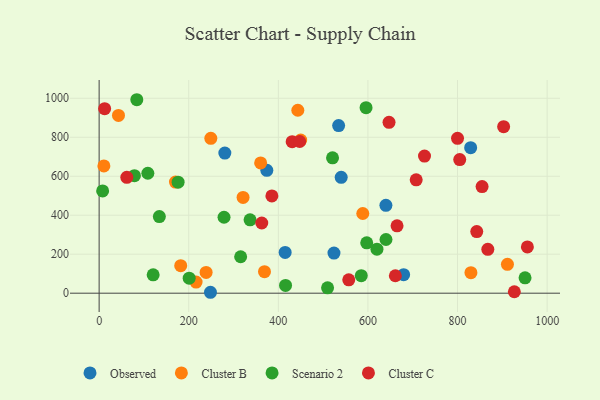
{"axis": {"x": "Speed", "y": "Rating"}, "legend": ["Cluster B", "Cluster C", "Observed", "Scenario 2"], "data": [{"x": "524.2", "y": 206.0, "type": "Observed"}, {"x": "280.6", "y": 719.0, "type": "Observed"}, {"x": "640.1", "y": 450.6, "type": "Observed"}, {"x": "534.6", "y": 860.2, "type": "Observed"}, {"x": "829.3", "y": 746.4, "type": "Observed"}, {"x": "374.3", "y": 630.6, "type": "Observed"}, {"x": "415.2", "y": 209.3, "type": "Observed"}, {"x": "540.3", "y": 594.4, "type": "Observed"}, {"x": "679.7", "y": 94.8, "type": "Observed"}, {"x": "248.5", "y": 4.7, "type": "Observed"}, {"x": "249.3", "y": 794.7, "type": "Cluster B"}, {"x": "170.4", "y": 570.2, "type": "Cluster B"}, {"x": "369.1", "y": 110.5, "type": "Cluster B"}, {"x": "43.2", "y": 911.8, "type": "Cluster B"}, {"x": "321.3", "y": 491.3, "type": "Cluster B"}, {"x": "10.6", "y": 653.1, "type": "Cluster B"}, {"x": "449.9", "y": 785.7, "type": "Cluster B"}, {"x": "182.1", "y": 141.0, "type": "Cluster B"}, {"x": "829.9", "y": 105.5, "type": "Cluster B"}, {"x": "588.5", "y": 408.9, "type": "Cluster B"}, {"x": "238.8", "y": 106.5, "type": "Cluster B"}, {"x": "911.4", "y": 148.2, "type": "Cluster B"}, {"x": "360.5", "y": 668.4, "type": "Cluster B"}, {"x": "443.5", "y": 938.6, "type": "Cluster B"}, {"x": "216.4", "y": 57.1, "type": "Cluster B"}, {"x": "585.1", "y": 89.7, "type": "Scenario 2"}, {"x": "640.3", "y": 275.4, "type": "Scenario 2"}, {"x": "416.1", "y": 40.0, "type": "Scenario 2"}, {"x": "315.9", "y": 186.9, "type": "Scenario 2"}, {"x": "120.6", "y": 94.0, "type": "Scenario 2"}, {"x": "201.0", "y": 77.0, "type": "Scenario 2"}, {"x": "336.9", "y": 376.6, "type": "Scenario 2"}, {"x": "620.1", "y": 225.6, "type": "Scenario 2"}, {"x": "7.8", "y": 524.5, "type": "Scenario 2"}, {"x": "108.7", "y": 615.3, "type": "Scenario 2"}, {"x": "597.3", "y": 258.2, "type": "Scenario 2"}, {"x": "84.1", "y": 992.6, "type": "Scenario 2"}, {"x": "950.7", "y": 78.8, "type": "Scenario 2"}, {"x": "509.9", "y": 27.3, "type": "Scenario 2"}, {"x": "78.8", "y": 602.7, "type": "Scenario 2"}, {"x": "176.3", "y": 569.8, "type": "Scenario 2"}, {"x": "521.0", "y": 694.5, "type": "Scenario 2"}, {"x": "595.8", "y": 952.0, "type": "Scenario 2"}, {"x": "134.4", "y": 392.9, "type": "Scenario 2"}, {"x": "278.8", "y": 389.5, "type": "Scenario 2"}, {"x": "665.0", "y": 345.7, "type": "Cluster C"}, {"x": "707.7", "y": 581.7, "type": "Cluster C"}, {"x": "61.8", "y": 594.6, "type": "Cluster C"}, {"x": "430.9", "y": 777.2, "type": "Cluster C"}, {"x": "902.9", "y": 854.2, "type": "Cluster C"}, {"x": "867.6", "y": 224.9, "type": "Cluster C"}, {"x": "726.3", "y": 703.5, "type": "Cluster C"}, {"x": "447.7", "y": 778.2, "type": "Cluster C"}, {"x": "854.8", "y": 546.8, "type": "Cluster C"}, {"x": "647.1", "y": 876.5, "type": "Cluster C"}, {"x": "363.0", "y": 360.0, "type": "Cluster C"}, {"x": "661.2", "y": 89.5, "type": "Cluster C"}, {"x": "842.9", "y": 316.2, "type": "Cluster C"}, {"x": "804.9", "y": 685.4, "type": "Cluster C"}, {"x": "557.2", "y": 68.5, "type": "Cluster C"}, {"x": "385.6", "y": 499.2, "type": "Cluster C"}, {"x": "955.9", "y": 237.4, "type": "Cluster C"}, {"x": "12.3", "y": 946.8, "type": "Cluster C"}, {"x": "926.8", "y": 7.5, "type": "Cluster C"}, {"x": "800.0", "y": 794.4, "type": "Cluster C"}]}